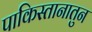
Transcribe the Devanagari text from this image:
पाकिस्तानातुन